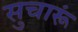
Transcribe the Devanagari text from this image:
सुचारूं